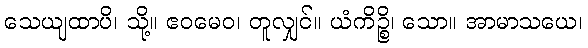
သေယျထာပိ၊ သို့။ ဧဝမေဝ၊ တူလျှင်။ ယံကိဉ္စိ၊ သော။ အာမာသယေ၊